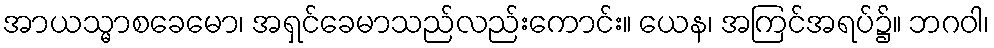
အာယသ္မာစခေမော၊ အရှင်ခေမာသည်လည်းကောင်း။ ယေန၊ အကြင်အရပ်၌။ ဘဂဝါ၊